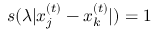
s ( \lambda | x _ { j } ^ { ( t ) } - x _ { k } ^ { ( t ) } | ) = 1